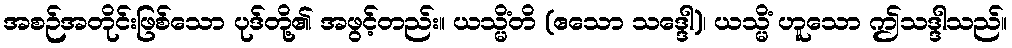
အစဉ်အတိုင်းဖြစ်သော ပုဒ်တို့၏ အဖွင့်တည်း။ ယသ္မိံတိ (ဧသော သဒ္ဒေါ)၊ ယသ္မိံ ဟူသော ဤသဒ္ဒါသည်။